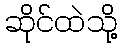
ဆိုင်ထဲသို့